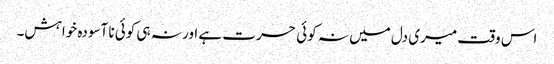
اس وقت میری دل میں نہ کوئی حسرت ہے اور نہ ہی کوئی نا آسودہ خواہش۔